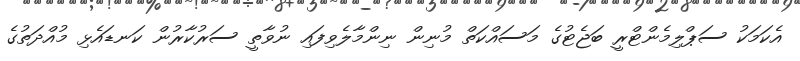
އެކަމަކު ސަޕްލިމެންޓްރީ ބަޖެޓުގެ މަސައްކަތް މުނިން ނިންމާލެވިފައި ނުވާތީ ސަރުކާރުން ކަނޑައެޅި މުއްދަތުގެ